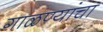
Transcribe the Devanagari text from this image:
गाळण्यांचा